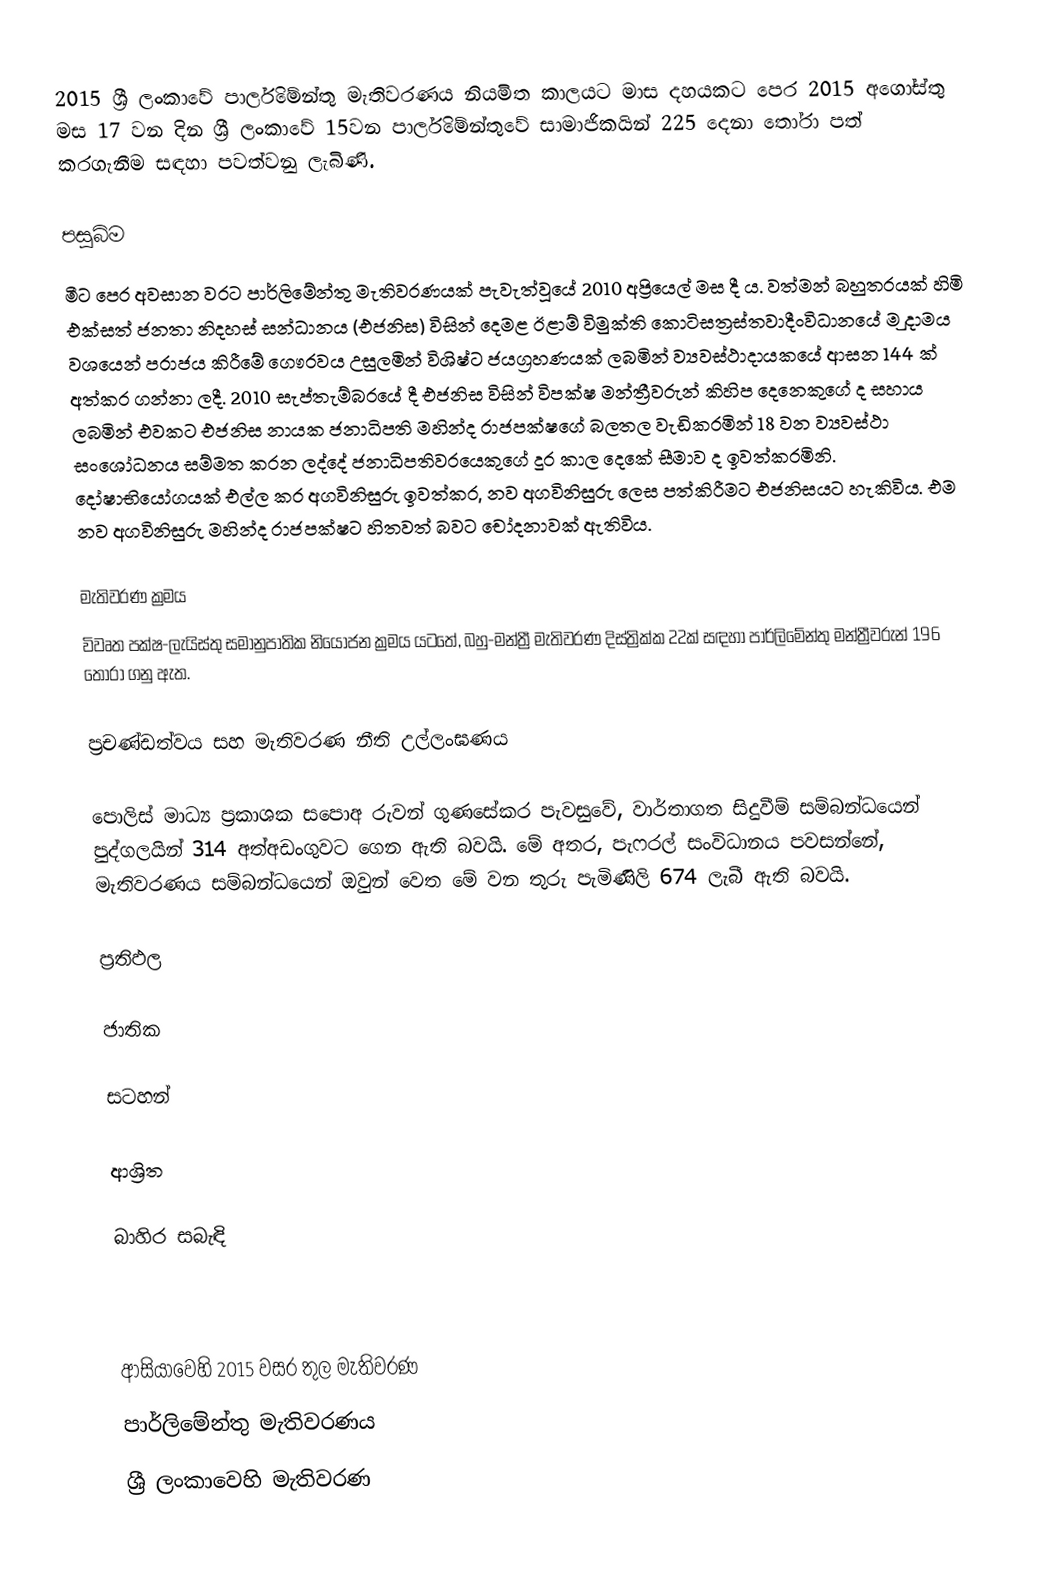
2015 ශ්‍රී ලංකාවේ පාර්ලිමේන්තු මැතිවරණය නියමිත කාලයට මාස දහයකට පෙර 2015 අගෝස්තු මස 17 වන දින ශ්‍රී ලංකාවේ 15වන පාර්ලිමේන්තුවේ සාමාජිකයින් 225 දෙනා තෝරා පත් කරගැනීම සඳහා පවත්වනු ලැබිණි.

පසුබිම
මීට පෙර අවසාන වරට පාර්ලිමේන්තු මැතිවරණයක් පැවැත්වූයේ 2010 අප්‍රියෙල් මස දී ය. වත්මන් බහුතරයක් හිමි එක්සත් ජනතා නිදහස් සන්ධානය (එජනිස) විසින් දෙමළ ඊළාම් විමුක්ති කොටිසත්‍රස්තවාදීංවිධානයේ ම ුදාමය වශයෙන් පරාජය කිරීමේ ගෞරවය උසුලමින් විශිෂ්ට ජයග්‍රහණයක් ලබමින් ව්‍යවස්ථාදායකයේ ආසන 144 ක් අත්කර ගන්නා ලදී. 2010 සැප්තැම්බරයේ දී එජනිස විසින් විපක්ෂ මන්ත්‍රීවරුන් කිහිප දෙනෙකුගේ ද සහාය ලබමින් එවකට එජනිස නායක ජනාධිපති මහින්ද රාජපක්ෂගේ බලතල වැඩිකරමින් 18 වන ව්‍යවස්ථා සංශෝධනය සම්මත කරන ලද්දේ ජනාධිපතිවරයෙකුගේ දූර කාල දෙකේ සීමාව ද ඉවත්කරමිනි. දෝෂාභියෝගයක් එල්ල කර අගවිනිසුරු ඉවත්කර, නව අගවිනිසුරු ලෙස පත්කිරීමට එජනිසයට හැකිවිය. එම නව අගවිනිසුරු මහින්ද රාජපක්ෂට හිතවත් බවට චෝදනාවක් ඇතිවිය.

මැතිවරණ ක්‍රමය
විවෘත  පක්ෂ-ලැයිස්තු සමානුපාතික නියෝජන ක්‍රමය යටතේ,  බහු-මන්ත්‍රී මැතිවරණ දිස්ත්‍රික්ක 22ක් සඳහා පාර්ලිමේන්තු මන්ත්‍රීවරුන් 196 තෝරා ගනු ඇත.

ප්‍රචණ්ඩත්වය සහ මැතිවරණ නීති උල්ලංඝණය

පොලිස් මාධ්‍ය ප්‍රකාශක සපොඅ රුවන් ගුණසේකර පැවසුවේ, වාර්තාගත සිදුවීම් සම්බන්ධයෙන් පුද්ගලයින් 314 අත්අඩංගුවට ගෙන ඇති බවයි. මේ අතර, පැෆරල් සංවිධානය පවසන්නේ, මැතිවරණය සම්බන්ධයෙන් ඔවුන් වෙත මේ වන තුරු පැමිණිලි 674 ලැබී ඇති බවයි.

ප්‍රතිඵල

ජාතික

සටහන්

ආශ්‍රිත

බාහිර සබැඳි

ආසියාවෙහි 2015 වසර තුල මැතිවරණ
පාර්ලිමේන්තු මැතිවරණය
ශ්‍රී ලංකාවෙහි මැතිවරණ